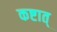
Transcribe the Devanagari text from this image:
कष्टात्